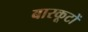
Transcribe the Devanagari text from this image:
बारकूटों